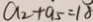
a _ { 2 } + a _ { 5 } = 1 8